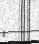
٧